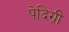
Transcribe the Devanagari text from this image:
पेदिग्री